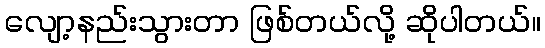
လျော့နည်းသွားတာ ဖြစ်တယ်လို့ ဆိုပါတယ်။